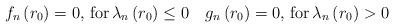
LaTeX: \begin{align*}f_n\left(r_0\right) = 0,\,{\rm for}\,\lambda_n\left(r_0\right)\leq 0 \quad g_n\left(r_0\right) =0,\,{\rm for}\,\lambda_n\left(r_0\right)>0 \end{align*}